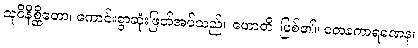
သုဝိနိစ္ဆိတော၊ ကောင်းစွာဆုံးဖြတ်အပ်သည်။ ဟောတိ၊ ဖြစ်၏။ တေနကာရဏေန၊